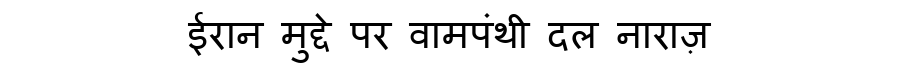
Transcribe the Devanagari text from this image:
ईरान मुद्दे पर वामपंथी दल नाराज़